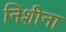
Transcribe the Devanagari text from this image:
निशीना